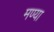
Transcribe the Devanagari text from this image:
मण्या